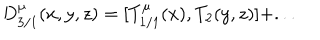
LaTeX: D _ { 3 / 1 } ^ { \mu } ( x , y , z ) = [ T _ { 1 / 1 } ^ { \mu } ( x ) , T _ { 2 } ( y , z ) ] + . . .